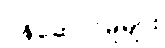
ဝန်ဆောင်မှုများ